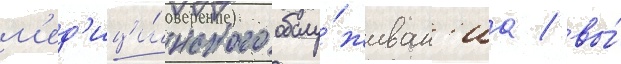
м'ед'ици́нского обслу́живан'иа / вы́